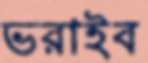
ভরাইব